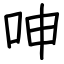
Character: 呻